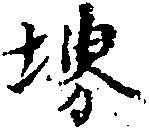
堺